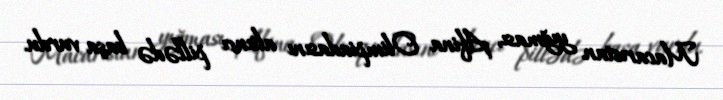
Macarıstan yığması, Afina Olimpiadasını altıncı pillədə başa vurdu.